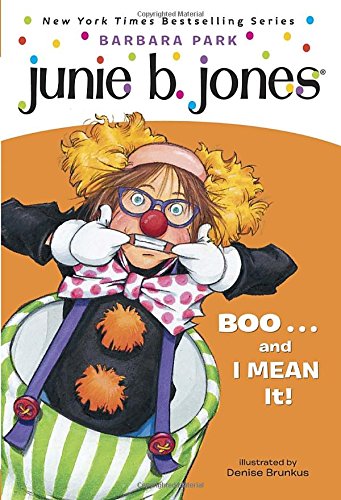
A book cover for Junie B., First Grader: Boo...and I Mean It! (Junie B. Jones, No. 24); Barbara Park; Children's Books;